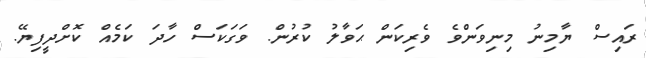
ރައިސް ޔާމިނު މިނިވަންވެ ވެރިކަން ޙަވާލު ކުރުން. ވަގަކަސް ހާދަ ކަމެއް ކޮށްދީފިޔޭ.